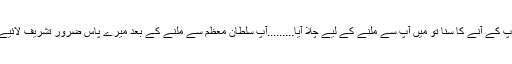
آج آپ کے آنے کا سنا تو میں آپ سے ملنے کے لیے چلا آیا.........آپ سلطان معظم سے ملنے کے بعد میرے پاس ضرور تشریف لائیے گا۔